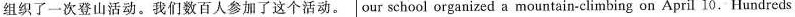
组织了一次登山活动。我们数百人参加了这个活动。 our school organized a mountain-climbing on April 10. Hundreds